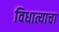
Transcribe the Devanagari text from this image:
विधात्याचा